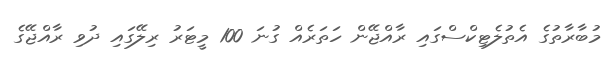
މުބާރާތުގެ އެތުލެޓިކްސްގައި ރާއްޖޭން ހަތަރެއް ގުނަ 100 މީޓަރު ރިލޭގައި ދުވި ރާއްޖޭގެ